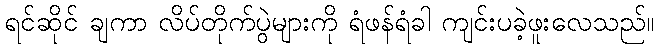
ရင်ဆိုင် ချကာ လိပ်တိုက်ပွဲများကို ရံဖန်ရံခါ ကျင်းပခဲ့ဖူးလေသည်။